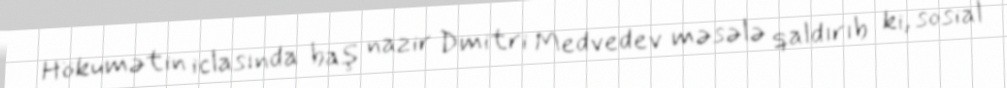
Hökumətin iclasında baş nazir Dmitri Medvedev məsələ qaldırıb ki, sosial